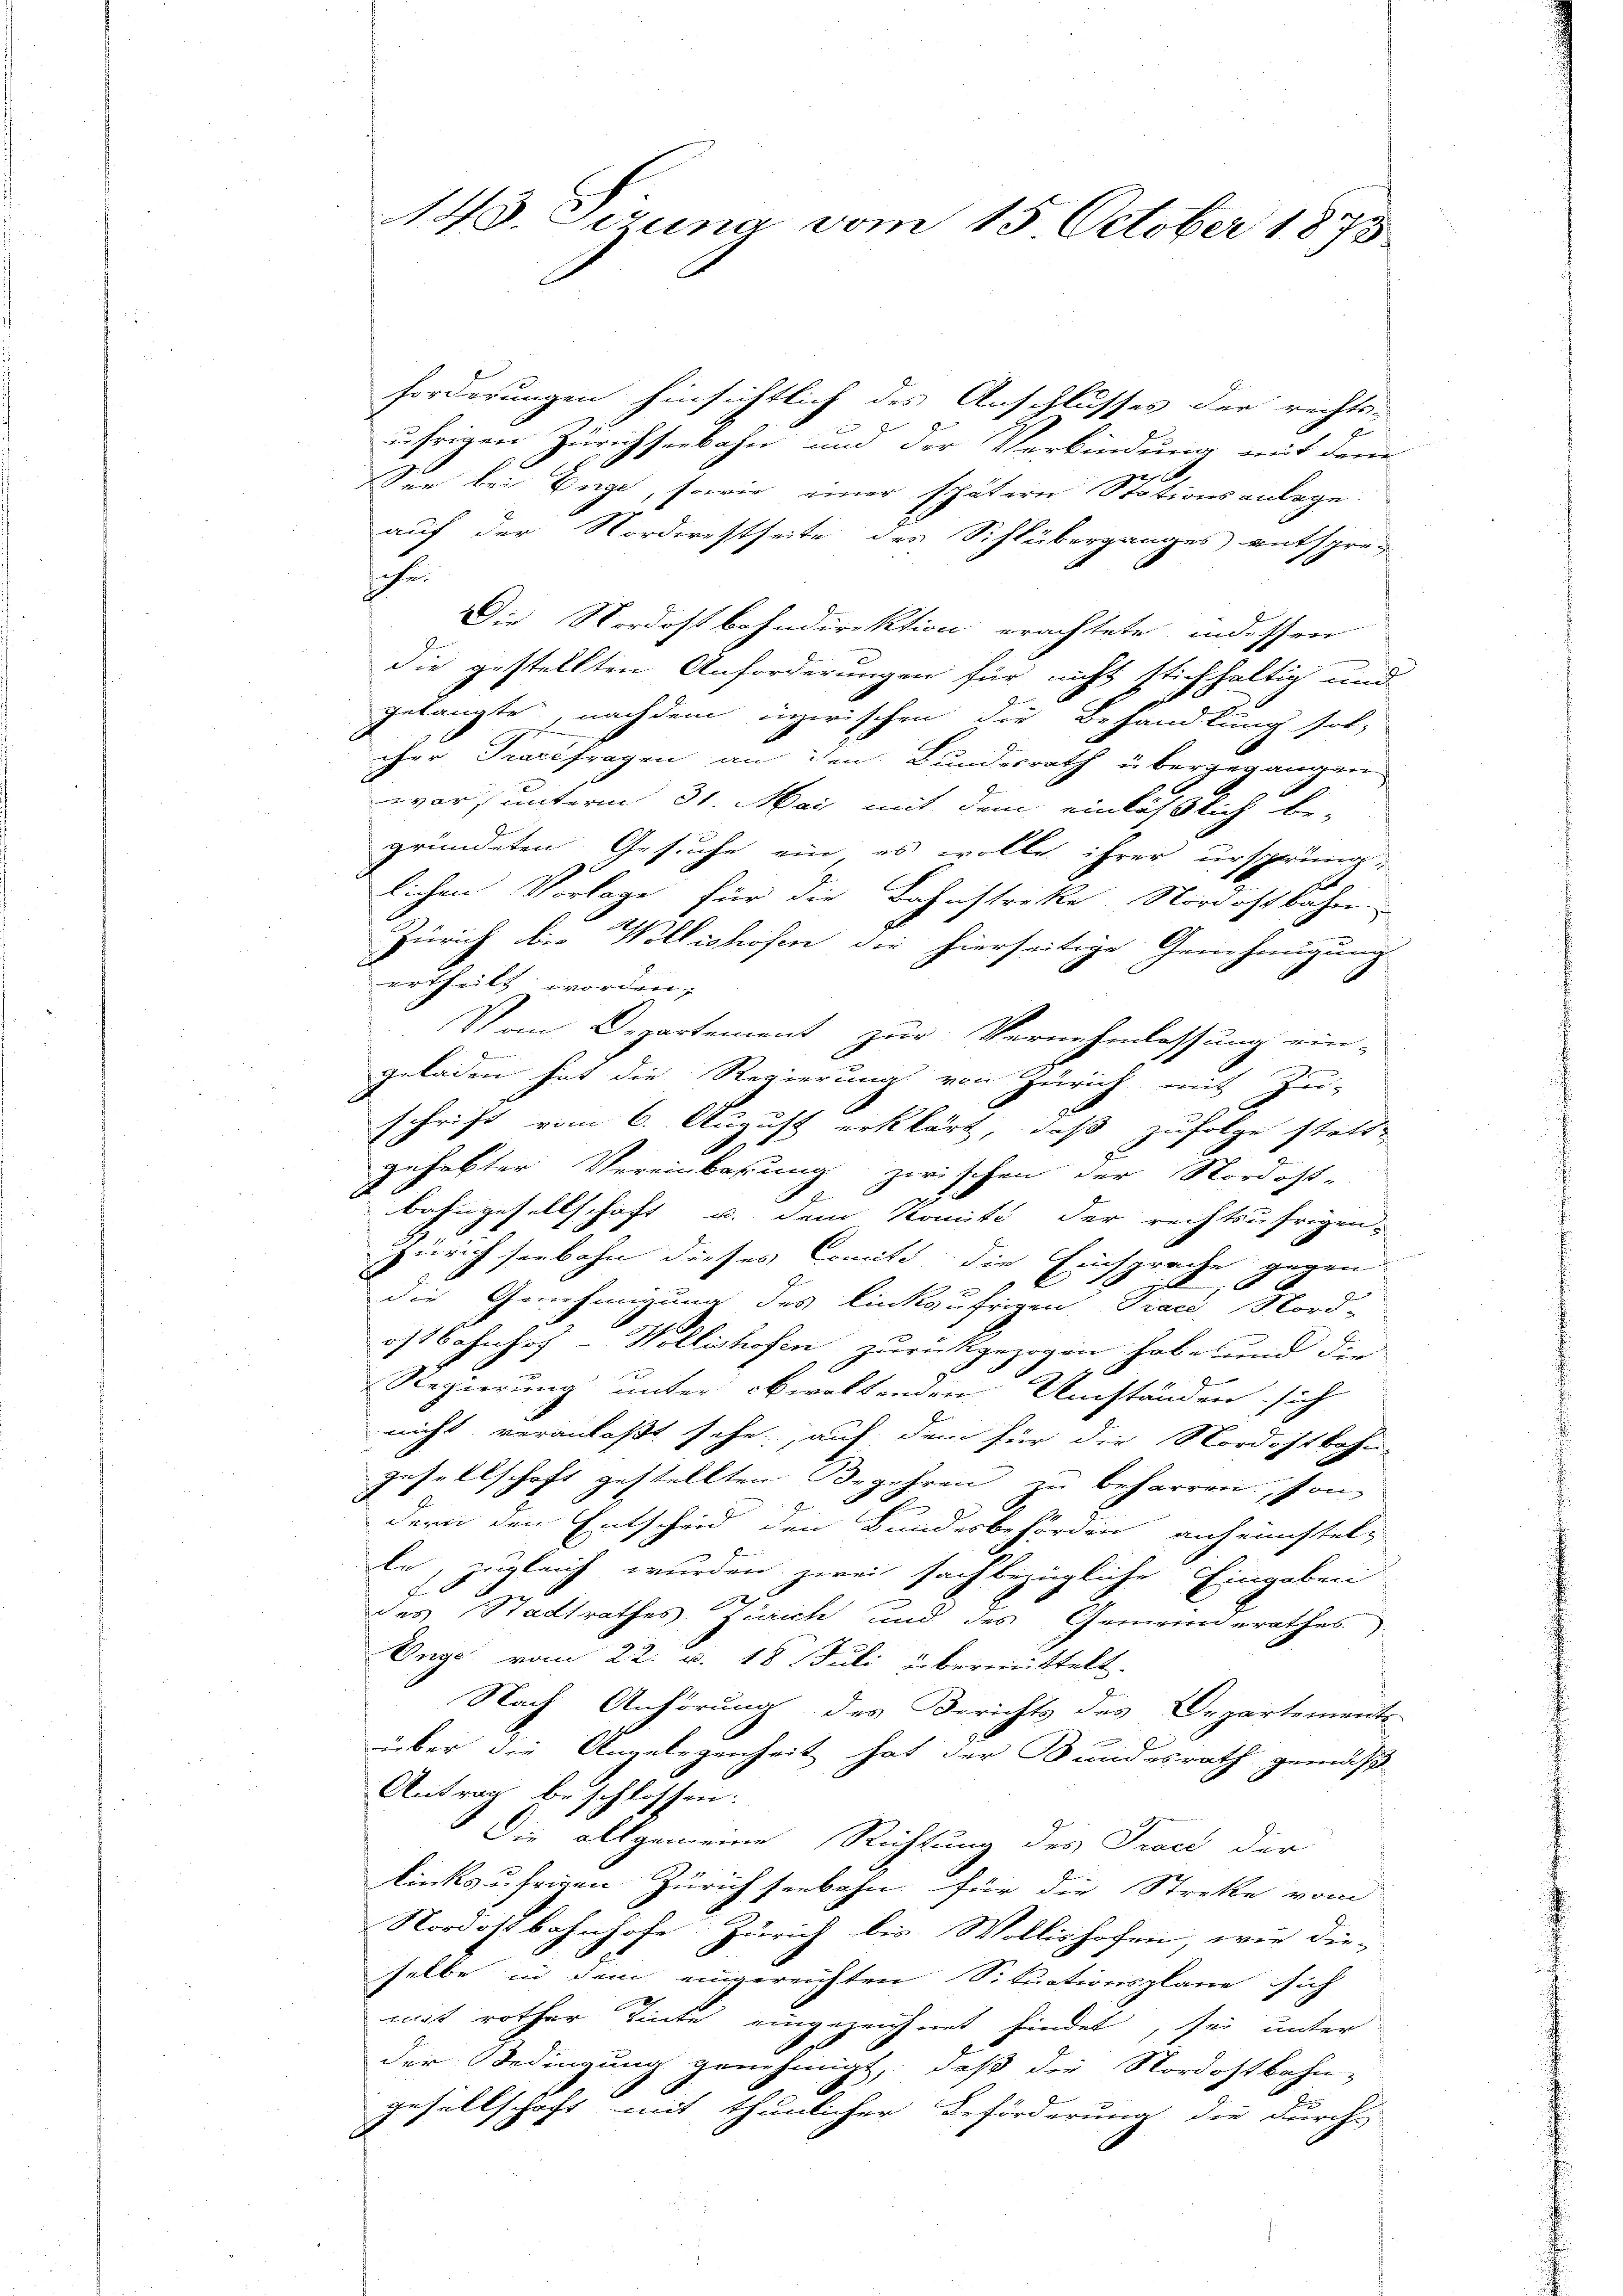
143. Sezung vom 15. October 1873

Forderungen hinsichtlich des Anschlusses der rechts-
b
uhrigen Zürichseebahn um der Verbindung mit dem
See bei Enge, sowie einer spätern Stationsanlage
auf der Norderestseite des Schlüberganges entsprec
hehen
Die Nordostbahndirektion erachtete, indessen
die gestellten Anforderungen für nicht stichhaltig und
gelangte, nachdem innerischen die Behandlung sol-
cher Tracefragen an den Bundesrath übergegangen
war, unterm 31. Mai mit dem einläßlich be-
gründeten Gesuche ein es wolle ihrer ursprüng-
lichen Vorlage für die Bahnstreke Nordostbahn
Zürich die Wollishofen die hierseitige Genehmigung
ertheilt worden;
Vom Departement zur Vernehmlassung ein-
geladen hat die Regierung von Zürich, mit Zu-
schrift vom 6. August erklärt, daß zufolge statt
gehabter Vereinbarung zwischen der Nordost-
5
bahngesellschaft u. dem Komité der rechtsufrigen.
Zürich seebahn dieses amit die Einsprache gegen
x
2
L
die Genehmigung des linksufrigen Trace Nord-
ostbahnhof- Wollishofen zurückgezogen habe und die
1
Regierung unter obwaltenden Umständen sich
nicht veranlaßt sehe, auf dem für die Nordostbahn-
gesellschaft gestellten Begehren zu beharren, son-

B
dern den Entscheid den Bundesbehörden anheinstelle, zugleich wurden zwei sachbezügliche Eingaben
E
des Stadtrathes Zürich und des Gemeinderathes
Enge vom 22. v. 18 Juli übermittelt.
Nach Anhörung des Berichts des Departements
über die Angelegenheit hat der Bundesrath gemäß
Antrag beschlossen:
Die allgemeine Richtung des Tract der
linksufrigen Zürich seebahn für die Streke vom
Nordostbahnhofe, Zürich bis Wollishofen, wie die-
selbe in dem eingereichten Situationsplane sich
mit rother Tinte eingezeichnet findet, sei unter
der Bedingung genehmigt, daß die Nordostbahn-
E
gesellschaft mit thunlicher Beförderung die durch